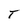
Character: T